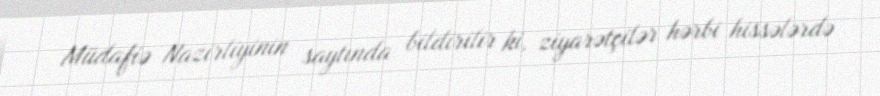
Müdafiə Nazirliyinin saytında bildirilir ki, ziyarətçilər hərbi hissələrdə